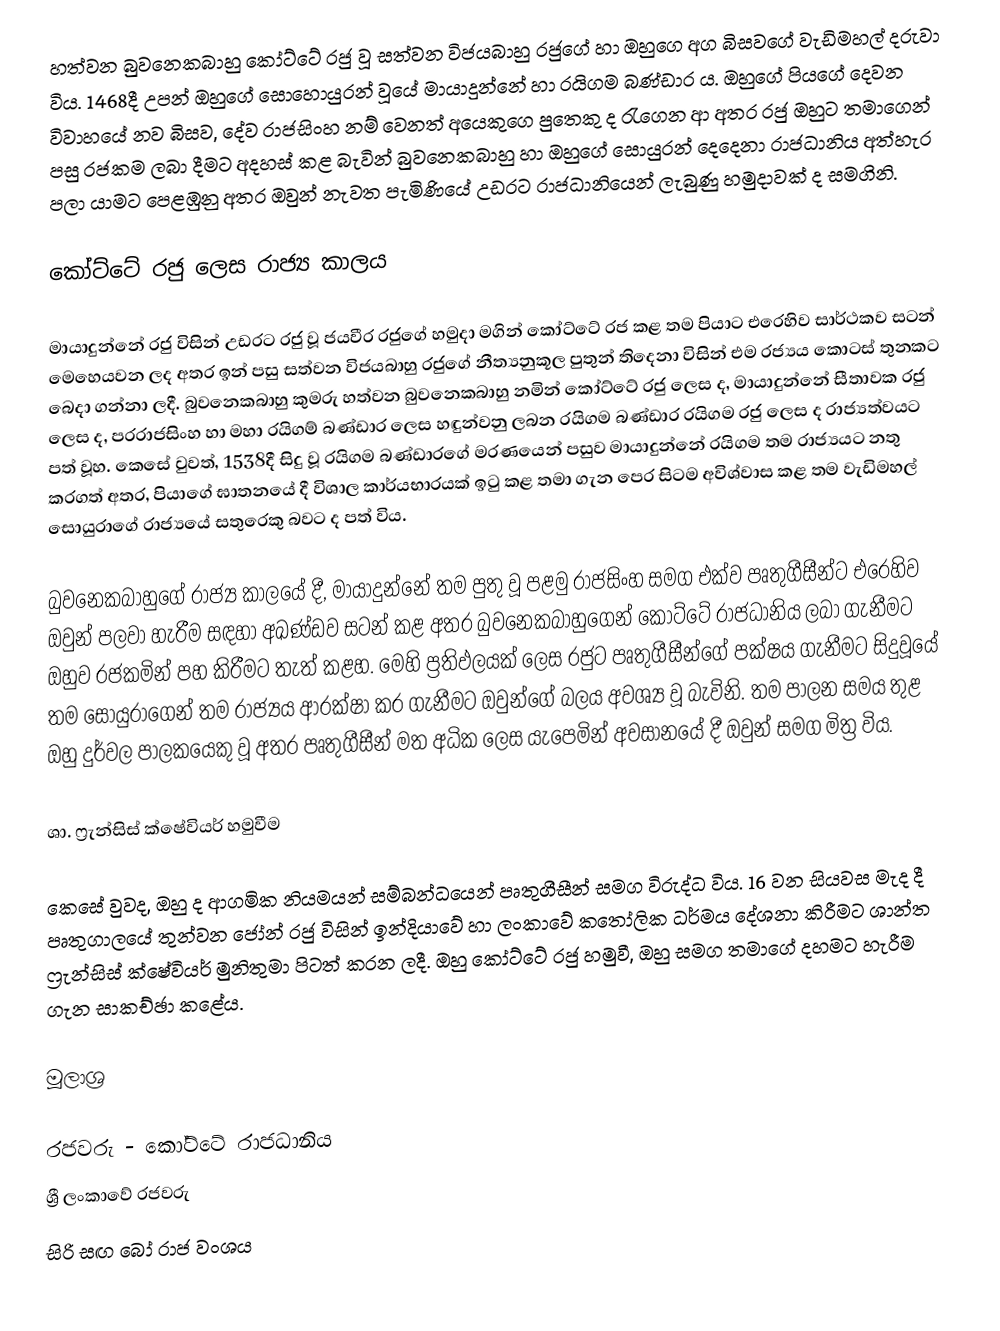
හත්වන බුවනෙකබාහු කෝට්ටේ රජු වූ සත්වන විජයබාහු රජුගේ හා ඔහුගෙ අග බිසවගේ වැඩිමහල් දරුවා විය.  1468දී උපන් ඔහුගේ  සොහොයුරන් වූයේ මායාදුන්නේ හා රයිගම බණ්ඩාර ය. ඔහුගේ පියගේ දෙවන විවාහයේ නව බිසව, දේව රාජසිංහ නම් වෙනත් අයෙකුගෙ පුතෙකු ද රැගෙන ආ අතර රජු ඔහුට තමාගෙන් පසු රජකම ලබා දීමට අදහස් කළ බැවින්  බුවනෙකබාහු හා ඔහුගේ සොයුරන් දෙදෙනා රාජධානිය අත්හැර පලා යාමට පෙළඹුනු අතර ඔවුන් නැවත පැමිණියේ උඩරට රාජධානියෙන් ලැබුණු හමුදාවක් ද සමගිනි.

කෝට්ටේ රජු ලෙස රාජ්‍ය කාලය

මායාදුන්නේ රජු විසින් උඩරට රජු වූ ජයවීර රජුගේ හමුදා මගින් කෝට්ටේ රජ කළ තම පියාට එරෙහිව සාර්ථකව සටන් මෙහෙයවන ලද අතර ඉන් පසු සත්වන විජයබාහු රජුගේ නීත්‍යනුකූල පුතුන් තිදෙනා විසින් එම රජ්‍යය කොටස් තුනකට බෙදා ගන්නා ලදී. බුවනෙකබාහු කුමරු හත්වන බුවනෙකබාහු නමින් කෝට්ටේ රජු ලෙස ද, මායාදුන්නේ සීතාවක රජු ලෙස ද, පරරාජසිංහ හා මහා රයිගම් බණ්ඩාර ලෙස හඳුන්වනු ලබන රයිගම බණ්ඩාර රයිගම රජු ලෙස ද රාජ්‍යත්වයට පත් වූහ. කෙසේ වුවත්, 1538දී සිදු වූ රයිගම බණ්ඩාරගේ මරණයෙන් පසුව  මායාදුන්නේ රයිගම තම රාජ්‍යයට නතු කරගත් අතර, පියාගේ ඝාතනයේ දී විශාල කාර්යභාරයක් ඉටු කළ තමා ගැන පෙර සිටම අවිශ්වාස කළ තම වැඩිමහල් සොයුරාගේ රාජ්‍යයේ සතුරෙකු බවට ද පත් විය.

බුවනෙකබාහුගේ රාජ්‍ය කාලයේ දී, මායාදුන්නේ තම පුතු වූ පළමු රාජසිංහ සමග එක්ව පෘතුගීසීන්ට එරෙහිව ඔවුන් පලවා හැරීම සඳහා අඛණ්ඩව සටන් කළ අතර බුවනෙකබාහුගෙන් කෝට්ටේ රාජධානිය ලබා ගැනීමට ඔහුව රජකමින් පහ කිරීමට තැත් කළහ. මෙහි ප්‍රතිඵලයක් ලෙස රජුට පෘතුගීසීන්ගේ පක්ෂය ගැනීමට සිදුවූයේ තම සොයුරාගෙන් තම රාජ්‍යය ආරක්ෂා කර ගැනීමට ඔවුන්ගේ බලය අවශ්‍ය වූ බැවිනි.  තම පාලන සමය තුළ ඔහු දුර්වල පාලකයෙකු වූ අතර පෘතුගීසීන් මත අධික ලෙස යැපෙමින්  අවසානයේ දී ඔවුන් සමග මිත්‍ර විය.

ශා. ෆ්‍රැන්සිස් ක්ෂේවියර් හමුවීම

කෙසේ වුවද, ඔහු ද ආගමික නියමයන් සම්බන්ධයෙන් පෘතුගීසීන් සමග විරුද්ධ විය. 16 වන සියවස මැද දී පෘතුගාලයේ තුන්වන ජෝන් රජු විසින් ඉන්දියාවේ හා ලංකාවේ කතෝලික ධර්මය දේශනා කිරීමට ශාන්ත ෆ්‍රැන්සිස් ක්ෂේවියර් මුනිතුමා පිටත් කරන ලදී. ඔහු කෝට්ටේ රජු හමුවී, ඔහු සමග තමාගේ දහමට හැරීම ගැන සාකච්ඡා කළේය.

මූලාශ්‍ර

රජවරු - කෝට්ටේ රාජධානිය
ශ්‍රී ලංකාවේ රජවරු
සිරි සඟ බෝ රාජ වංශය